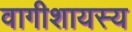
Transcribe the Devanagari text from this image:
वागीशायस्य